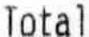
TOTAL